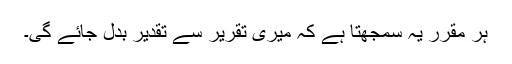
ہر مقرر یہ سمجھتا ہے کہ میری تقریر سے تقدیر بدل جائے گی۔